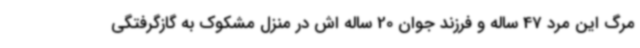
مرگ این مرد 47 ساله و فرزند جوان 20 ساله اش در منزل مشکوک به گازگرفتگی